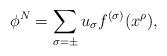
LaTeX: \begin{align*}\phi^N=\sum_{\sigma=\pm} u_{\sigma} f^{(\sigma)}(x^{\rho}),\end{align*}